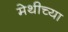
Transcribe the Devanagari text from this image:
मेथीच्या